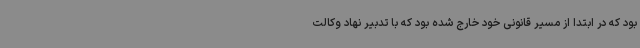
بود که در ابتدا از مسیر قانونی خود خارج شده بود که با تدبیر نهاد وکالت